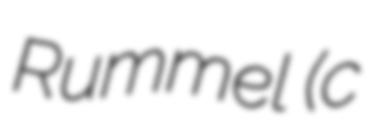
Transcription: Rummel (c